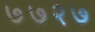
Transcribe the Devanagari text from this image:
७७२७